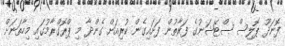
ފޮނަދޫ ޕޮލިސް ސްޓޭޝަނުގެ ފަރާތުން ފަށައިގެން ކުރިއަށް ގެންދާ މި ޕްރޮގްރާމުގައި މިހާތަނަށް